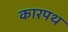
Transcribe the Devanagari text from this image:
कारपथ